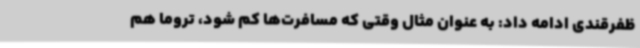
ظفرقندی ادامه داد: به عنوان مثال وقتی که مسافرت‌ها کم شود، تروما هم